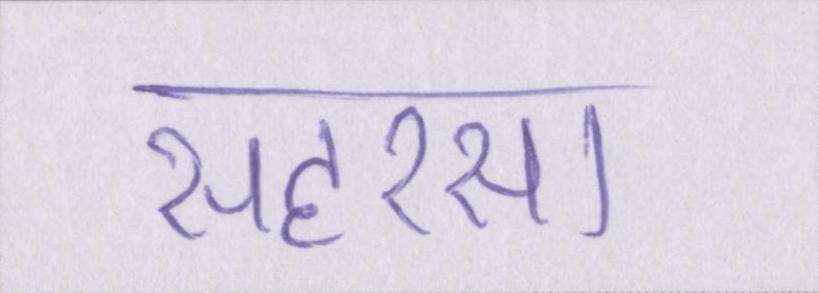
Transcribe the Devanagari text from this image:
सहरसा